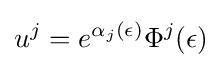
u^{j}=e^{\alpha _{j}(\epsilon )}\Phi ^{j}(\epsilon )